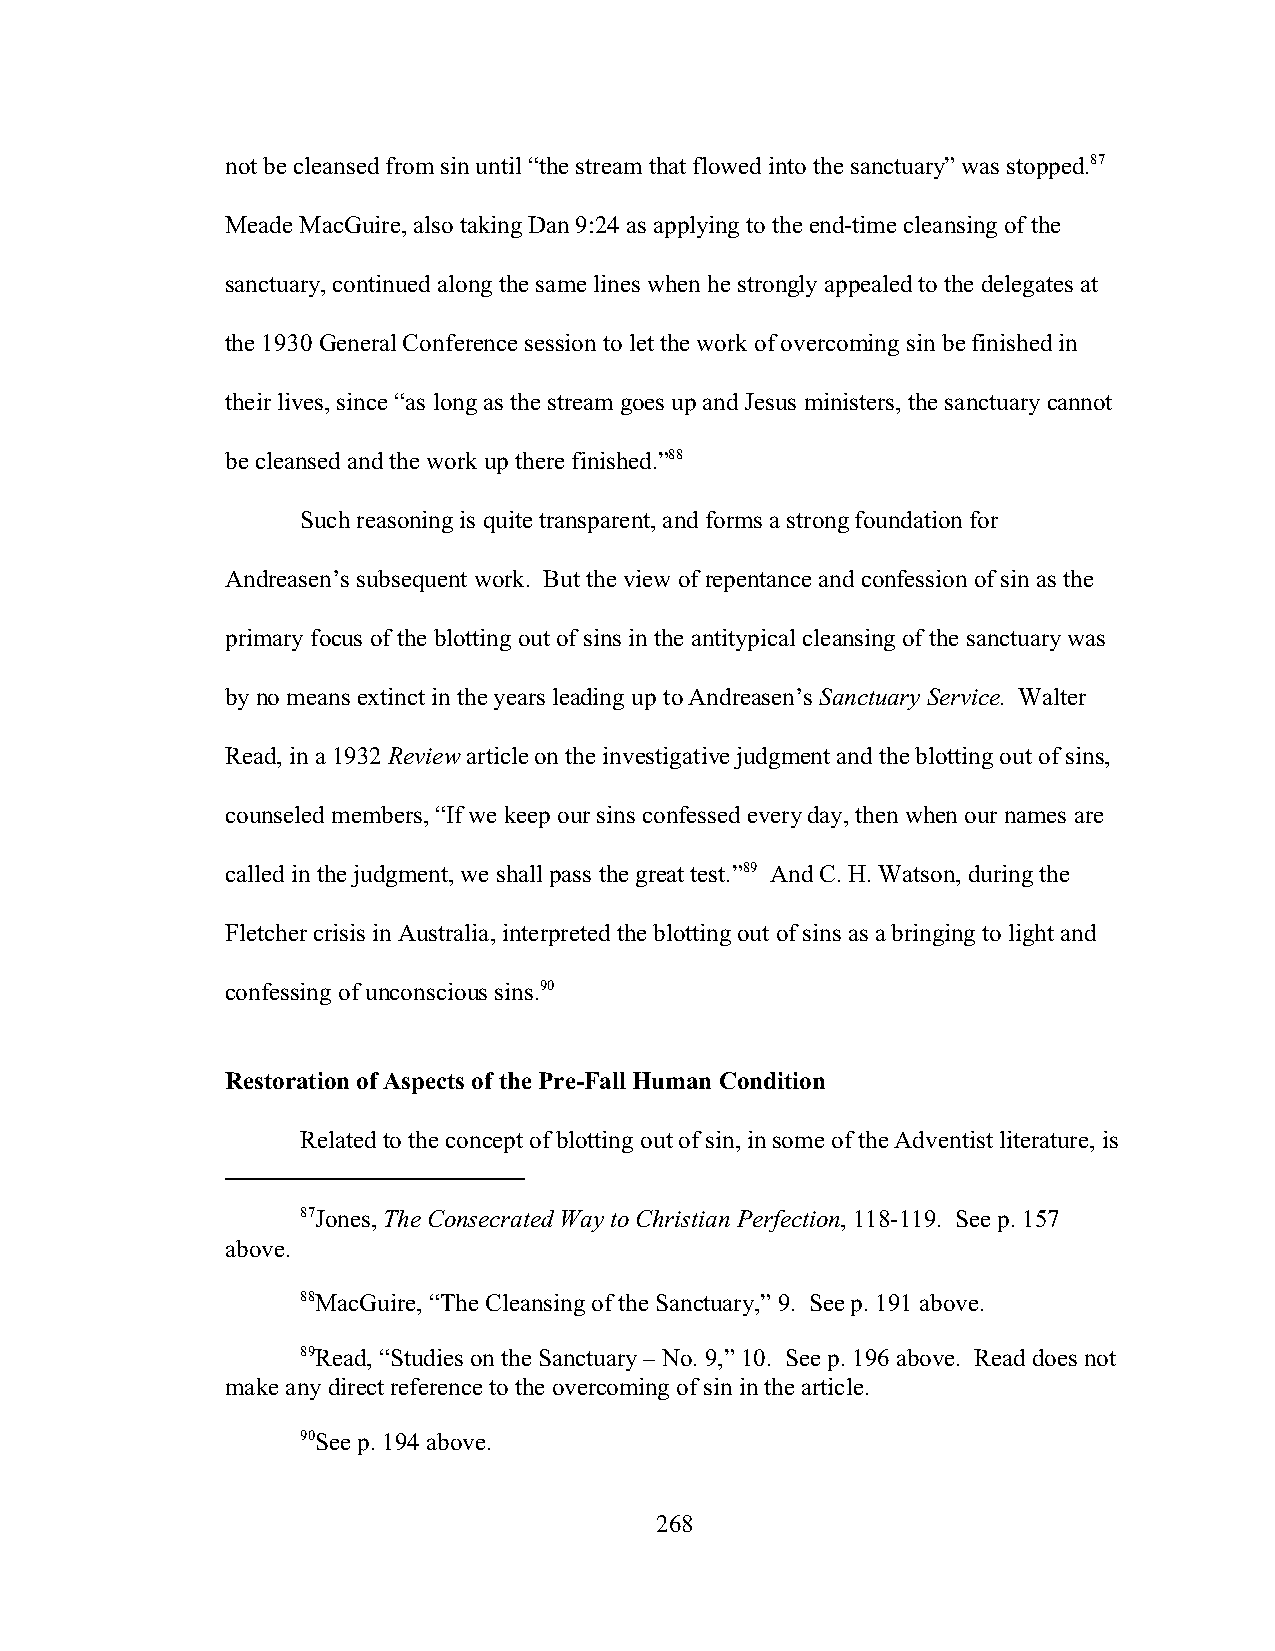
not be cleansed from sin until “the stream that flowed into the sanctuary” was stopped.87
 Meade MacGuire, also taking Dan 9:24 as applying to the end-time cleansing of the
 sanctuary, continued along the same lines when he strongly appealed to the delegates at
 the 1930 General Conference session to let the work of overcoming sin be finished in
 their lives, since “as long as the stream goes up and Jesus ministers, the sanctuary cannot
 be cleansed and the work up there finished.”88
 Such reasoning is quite transparent, and forms a strong foundation for
 Andreasen’s subsequent work. But the view of repentance and confession of sin as the
 primary focus of the blotting out of sins in the antitypical cleansing of the sanctuary was
 by no means extinct in the years leading up to Andreasen’s Sanctuary Service. Walter
 Read, in a 1932 Review article on the investigative judgment and the blotting out of sins,
 counseled members, “If we keep our sins confessed every day, then when our names are
 called in the judgment, we shall pass the great test.”89 And C. H. Watson, during the
 Fletcher crisis in Australia, interpreted the blotting out of sins as a bringing to light and
 confessing of unconscious sins.90
 Restoration of Aspects of the Pre-Fall Human Condition
 Related to the concept of blotting out of sin, in some of the Adventist literature, is
 87Jones, The Consecrated Way to Christian Perfection, 118-119. See p. 157
 above.
 88MacGuire, “The Cleansing of the Sanctuary,” 9. See p. 191 above.
 89Read, “Studies on the Sanctuary – No. 9,” 10. See p. 196 above. Read does not
 make any direct reference to the overcoming of sin in the article.
 90See p. 194 above.
 268